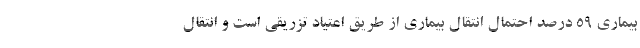
بیماری ۵۹ درصد احتمال انتقال بیماری از طریق اعتیاد تزریقی است و انتقال